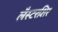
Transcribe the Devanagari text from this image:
लैस्टरशिर